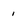
Character: 1